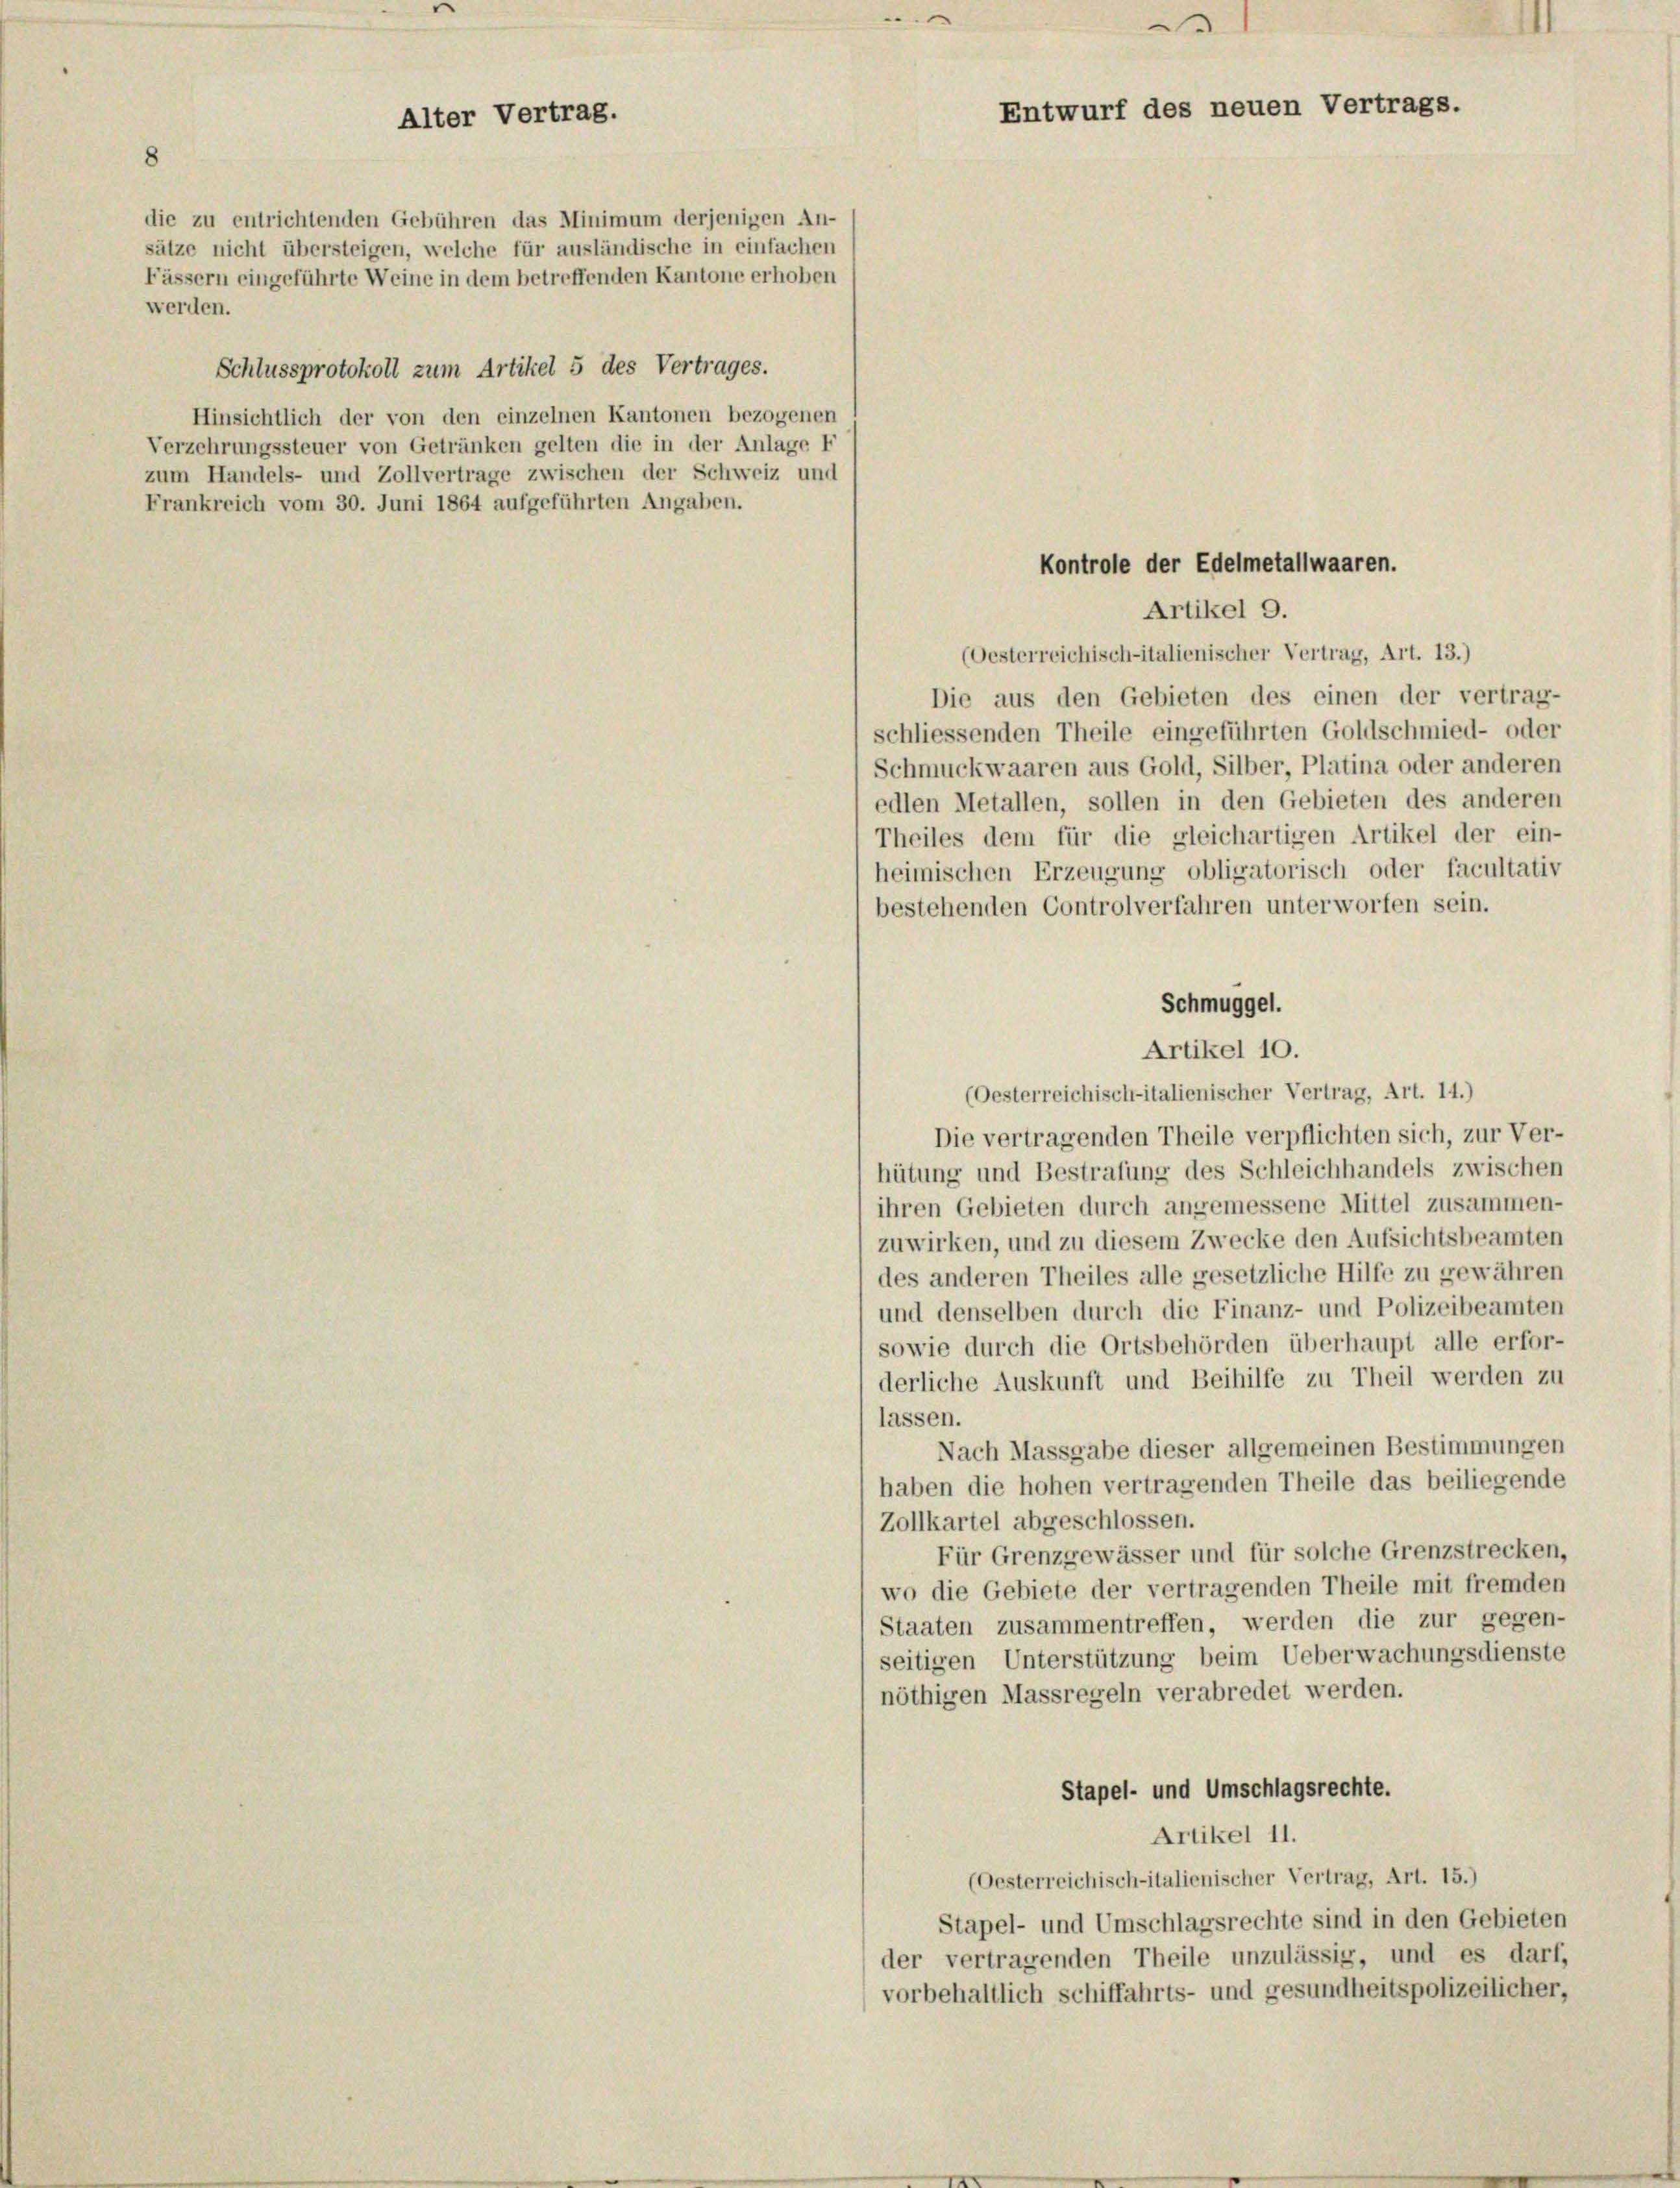
Alter Vertrag.

8
die zu entrichtenden Gebühren das Minimum derjenigen An-
sätze nicht übersteigen, welche für ausländische in einfachen
Fässern eingeführte Weine in dem betreffenden Kantone erhoben
werden.
Schlussprotokoll zum Artikel 5 des Vertrages.
Hinsichtlich der von den einzelnen Kantonen bezogenen
Verzehrungssteuer von Getränken gelten die in der Anlage F
zum Handels- und Zollvertrage zwischen der Schweiz und
Frankreich vom 30. Juni 1864 aufgeführten Angaben.

.
Entwurf des neuen Vertrags.

Kontrole der Edelmetallwaaren.

1

Artikel 9.
(Oesterreichisch-italienischer Vertrag, Art. 13.)
Die aus den Gebieten des einen der vertrag-
schliessenden Theile eingeführten Goldschmied- oder
Schmuckwaaren aus Gold, Silber, Platina oder anderen
edlen Metallen, sollen in den Gebieten des anderen
Theiles dem für die gleichartigen Artikel der ein-
heimischen Erzeugung obligatorisch oder facultativ
bestehenden Controlverfahren unterworfen sein.
Schmuggel.
Artikel 10.
(Oesterreichisch-italienischer Vertrag, Art. 14.)
Die vertragenden Theile verpflichten sich, zur Ver-
hütung und Bestrafung des Schleichhandels zwischen
ihren Gebieten durch angemessene Mittel zusammen-
zuwirken, und zu diesem Zwecke den Aufsichtsbeamten
des anderen Theiles alle gesetzliche Hilfe zu gewähren
und denselben durch die Finanz- und Polizeibeamten
sowie durch die Ortsbehörden überhaupt alle erfor-
derliche Auskunft und Beihilfe zu Theil werden zu
lassen.
Nach Massgabe dieser allgemeinen Bestimmungen
haben die hohen vertragenden Theile das beiliegende
Zollkartel abgeschlossen.
Für Grenzgewässer und für solche Grenzstrecken,
wo die Gebiete der vertragenden Theile mit fremden
Staaten zusammentreffen, werden die zur gegen-
seitigen Unterstützung beim Ueberwachungsdienste
nöthigen Massregeln verabredet werden.
Stapel- und Umschlagsrechte.
Artikel 11.
(Oesterreichisch-italienischer Vertrag, Art. 15.)
Stapel- und Umschlagsrechte sind in den Gebieten
der vertragenden Theile unzulässig, und es darf,
vorbehaltlich schiffahrts- und gesundheitspolizeilicher,